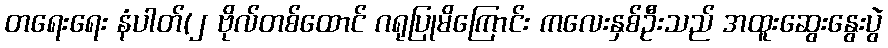
တရေးရေး နံပါတ်(၂ ဗိုလ်တစ်ထောင် ဂရုပြုမိကြောင်း ကလေးနှစ်ဦးသည် အထူးဆွေးနွေးပွဲ